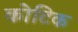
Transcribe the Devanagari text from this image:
कोटिक